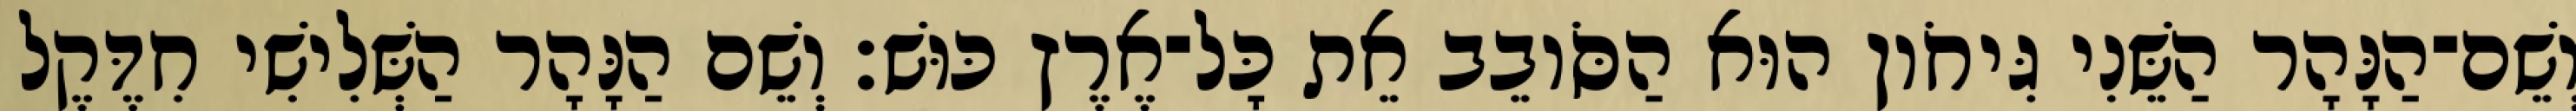
וְשֵׁם־הַנָּהָר הַשֵּׁנִי גִּיחֹון הוּא הַסֹּובֵב אֵת כָּל־אֶרֶץ כּוּשׁ׃ וְשֵׁם הַנָּהָר הַשְּׁלִישִׁי חִדֶּקֶל